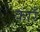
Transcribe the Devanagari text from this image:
कारँ